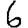
Digit: 6